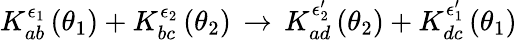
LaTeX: K_{ab}^{\epsilon_{1}}\left(\theta_{1}\right)+K_{bc}^{\epsilon_{2}}\left(\theta_{2}\right)\, \rightarrow\, K_{ad}^{\epsilon_{2}^{\prime}}\left(\theta_{2}\right)+K_{dc}^{\epsilon_{1}^{\prime}}\left(\theta_{1}\right)